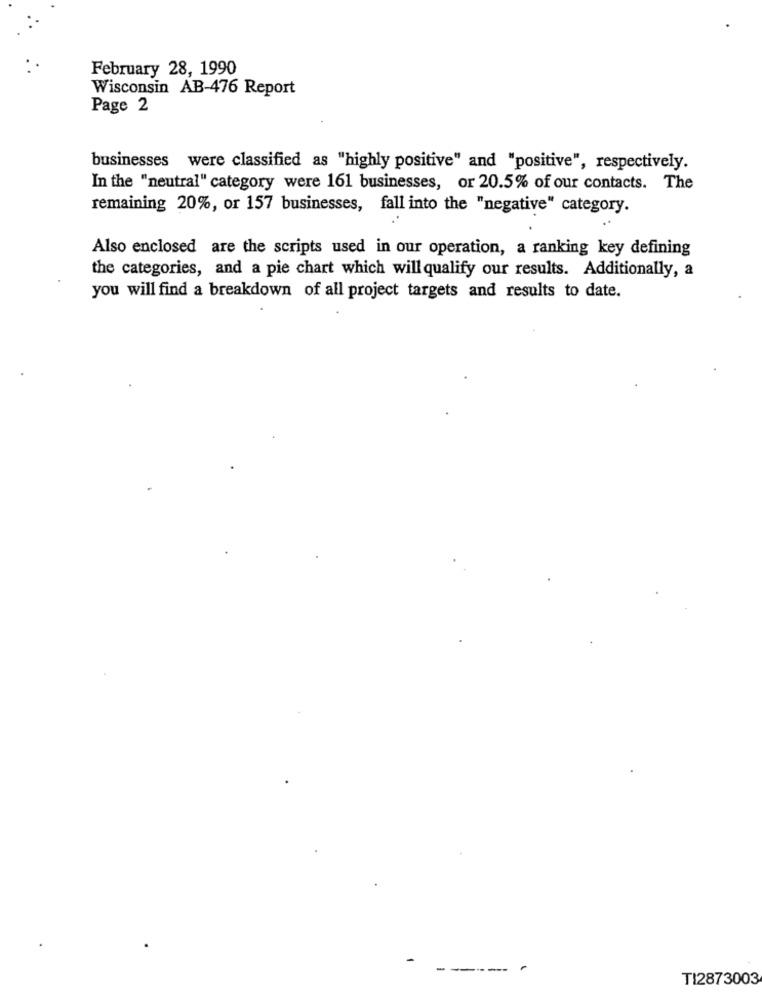
February 28, 1990
Wisconsin AB-476 Report
Page 2
businesses were classified as "highly positive" and "positive", respectively.
In the "neutral" category were 161 businesses, or 20.5% of our contacts. The
remaining 20%, or 157 businesses, fall into the "negative" category.
Also enclosed are the scripts used in our operation, a ranking key defining
the categories, and a pie chart which will qualify our results. Additionally, a
you will find a breakdown of all project targets and results to date.
-
TI2873003